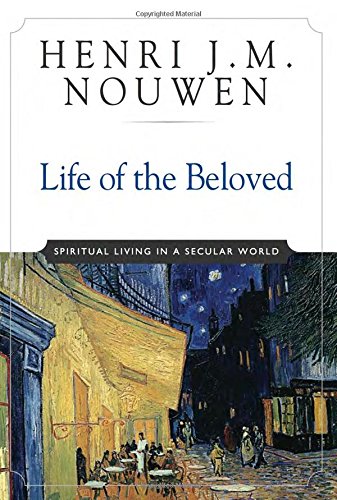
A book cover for Life of the Beloved: Spiritual Living in a Secular World; Henri J. M. Nouwen; Christian Books & Bibles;